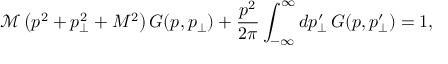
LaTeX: \mathcal { M } \left( p ^ { 2 } + p _ { \perp } ^ { 2 } + M ^ { 2 } \right) G ( p , p _ { \perp } ) + \frac { p ^ { 2 } } { 2 \pi } \int _ { - \infty } ^ { \infty } d p _ { \perp } ^ { \prime } \, G ( p , p _ { \perp } ^ { \prime } ) = 1 ,